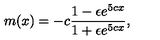
m ( x ) = - c \frac { 1 - \epsilon e ^ { 5 c x } } { 1 + \epsilon e ^ { 5 c x } } ,